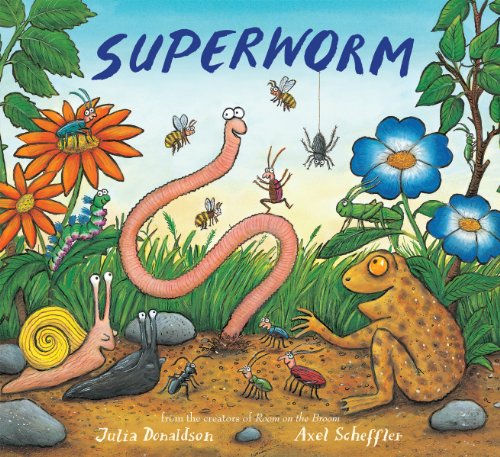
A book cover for Superworm; Julia Donaldson; Children's Books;